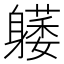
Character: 𰹇